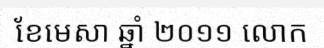
ខែមេសា ឆ្នាំ ២០១១ លោក